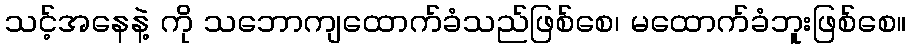
သင့်အနေနဲ့ ကို သဘောကျထောက်ခံသည်ဖြစ်စေ၊ မထောက်ခံဘူးဖြစ်စေ။